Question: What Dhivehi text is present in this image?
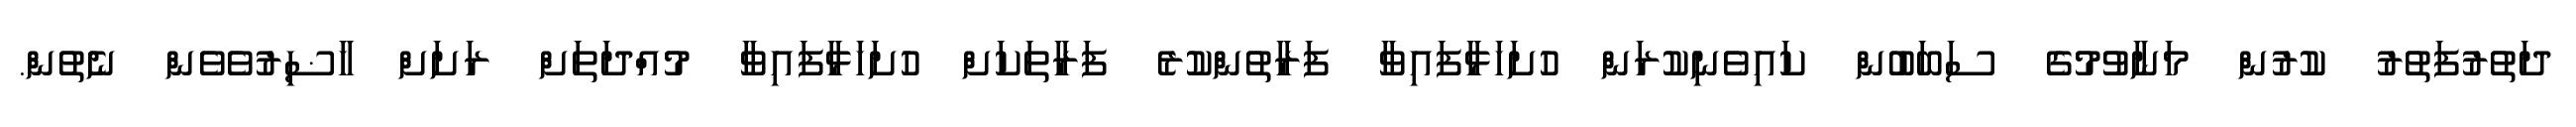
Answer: ދަތުރުފަތުރު ކުރުން މަނާވުމުގެ ސަބަބުން ކައިވެނިކުރަން ހުށަހަޅާފައިވާ ފަރާތުންކުރެ ފަރާތަކަށް ހުށަހަޅާފައިވާ މުއްދަތަށް ރަށަށް ހާޟިރުވެވެން ނެތުން.